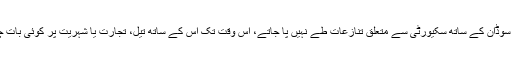
جب تک جنوبی سوڈان کے ساتھ سکیورٹی سے متعلق تنازعات طے نہیں پا جاتے، اس وقت تک اس کے ساتھ تیل، تجارت یا شہریت پر کوئی بات چیت نہیں ہو گی۔